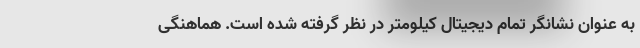
به عنوان نشانگر تمام دیجیتال کیلومتر در نظر گرفته شده است. هماهنگی